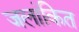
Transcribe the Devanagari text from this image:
जलांकित